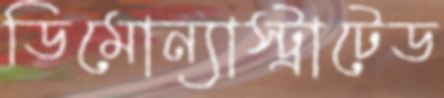
ডিমোন্যাস্ট্রাটেড